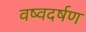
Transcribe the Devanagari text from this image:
वष्वदर्षण